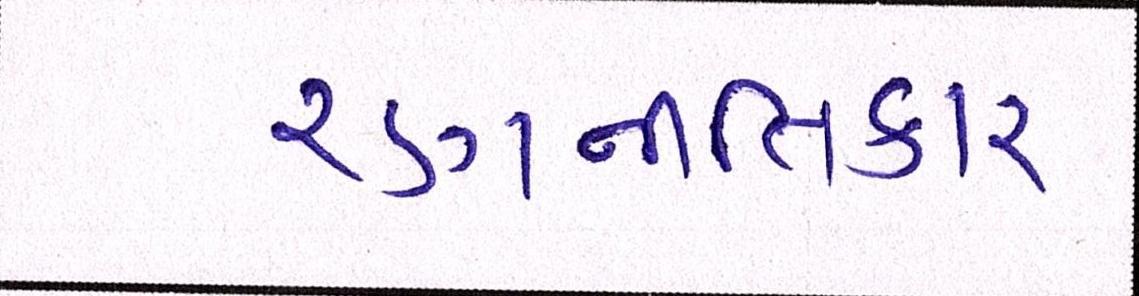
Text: રણનીતિકાર